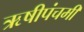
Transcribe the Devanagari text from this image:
ऋषीपंचमी